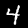
Label: 4